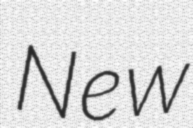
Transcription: New